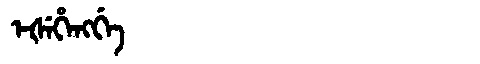
Manchu: ᡝᡧᡝᡥᡝᠩᡤᡝ
Romanization: EŠEHENGGE